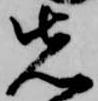
先